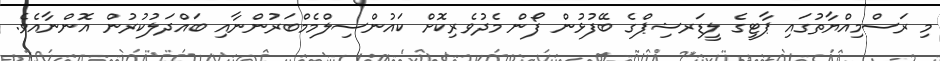
މި ރަސްމިއްޔާތުގައި ޕާޓީގެ ލީޑަރޝިޕްގެ ބޭފުޅުން ފޯން މެދުވެރިކޮށް ކައުންސިލްމެމްބަރުންނާއި ބައްދަލުކުރުން އޮންނާއެވެ.